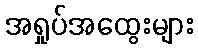
အရှုပ်အထွေးများ